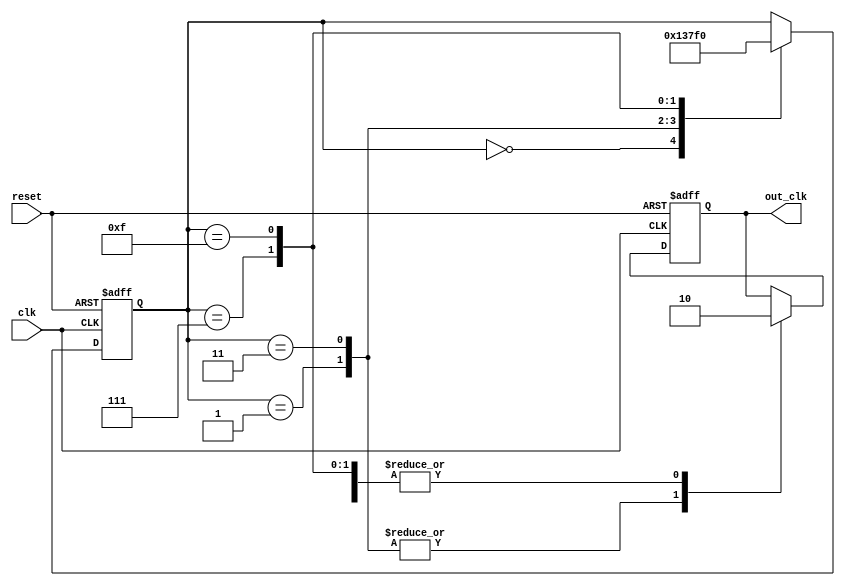
module johnson_counter_clock_divider(
    input wire clk,
    input wire reset,
    output reg out_clk
);
  
reg [3:0] count;

always @(posedge clk or posedge reset) begin
    if (reset) begin
        count <= 4'b0000;
        out_clk <= 1'b0;
    end else begin
        case(count)
            4'b0000: begin
                count <= 4'b0001;
                out_clk <= 1'b0;
            end
            4'b0001: begin
                count <= 4'b0011;
                out_clk <= 1'b1;
            end
            4'b0011: begin
                count <= 4'b0111;
                out_clk <= 1'b1;
            end
            4'b0111: begin
                count <= 4'b1111;
                out_clk <= 1'b0;
            end
            4'b1111: begin
                count <= 4'b0000;
                out_clk <= 1'b0;
            end
        endcase
    end
end

endmodule